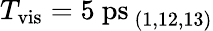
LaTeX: T_{\mathrm{vis}}=5\ \mathrm{ps}_{\ (1,12,13)}